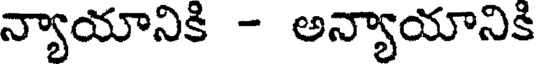
న్యాయానికి - అన్యాయానికి